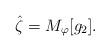
LaTeX: \begin{align*}\hat{\zeta}=M_{\varphi}[ g_2].\end{align*}